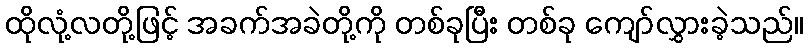
ထိုလုံ့လတို့ဖြင့် အခက်အခဲတို့ကို တစ်ခုပြီး တစ်ခု ကျော်လွှားခဲ့သည်။